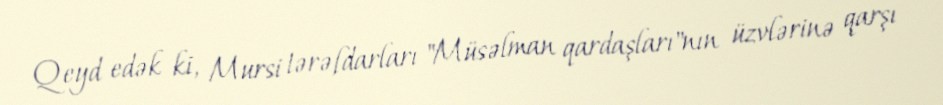
Qeyd edək ki, Mursi tərəfdarları "Müsəlman qardaşları"nın üzvlərinə qarşı